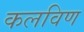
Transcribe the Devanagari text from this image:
कलविण